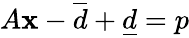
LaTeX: A\mathbf{x}-\overline{{d}}+\underline{{d}}=p